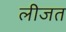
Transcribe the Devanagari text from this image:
लीजत